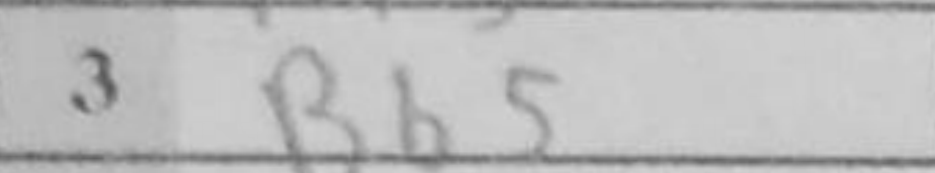
Transcription: Bb5